Malarial fevers
Disease focus: Malaria
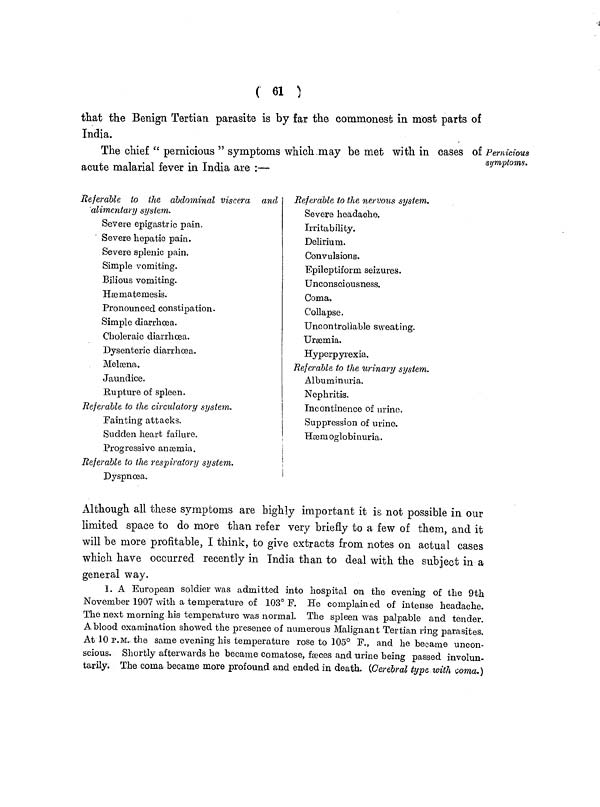
( 61 )
that the Benign Tertian parasite is by far the commonest in most parts of
India.
Pernicious
symptoms.
The chief " pernicious " symptoms which may be met with in cases of
acute malarial fever in India are :—
Referable to the abdominal viscera and
alimentary system.
Severe epigastric pain.
Severe hepatic pain.
Severe splenic pain.
Simple vomiting.
Bilious vomiting.
Hæatemesis.
Pronounced constipation.
Simple diarrhoea.
Choleraic diarrhæa.
Dysenteric diarrhoea.
Melæna.
Jaundice.
Rupture of spleen.
Referable to the circulatory system.
Fainting attacks.
Sudden heart failure.
Progressive anæmia.
Referable to the respiratory system.
Dyspnoea.
Referable to the nervous system,
Severe headache.
Irritability.
Delirium.
Convulsions.
Epileptiform seizures.
Unconsciousness.
Coma.
Collapse.
Uncontrollable sweating.
Uræmia.
Hyperpyrexia.
Referable to the urinary system.
Albuminuria.
Nephritis.
Incontinence of urine.
Suppression of urine.
Hæmoglobinuria.
Although all these symptoms are highly important it is not possible in our
limited space to do more than refer very briefly to a few of them, and it
will be more profitable, I think, to give extracts from notes on actual cases
which have occurred recently in India than to deal with the subject in a
general way.
1. A European soldier was admitted into hospital on the evening of the 9th
November 1907 with a temperature of 103° F. He complained of intense headache.
The next morning his temperature was normal. The spleen was palpable and tender.
A blood examination showed the presence of numerous Malignant Tertian ring parasites.
At 10 P.M., the same evening his temperature rose to 105° F., and he became uncon-
scious. Shortly afterwards he became comatose, fæces and urine being passed involun-
tarily. The coma became more profound and ended in death. (Cerebral type with coma.)